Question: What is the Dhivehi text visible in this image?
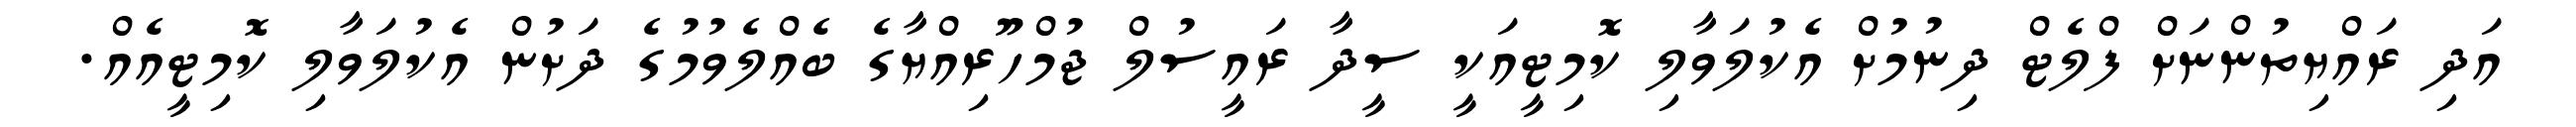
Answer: އަދި ރައްޔިތުންނަށް ފްލެޓް ދިނުމުށް އެކުލަވާލި ކޮމިޓީއަކީ ސީދާ ރައީސުލް ޖުމްހޫރިއްޔާގެ ބެއްލެވުމުގެ ދަށުން އެކުލަވާލި ކޮމިޓީއެއް.